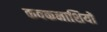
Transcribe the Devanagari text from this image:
कवकनाशियों